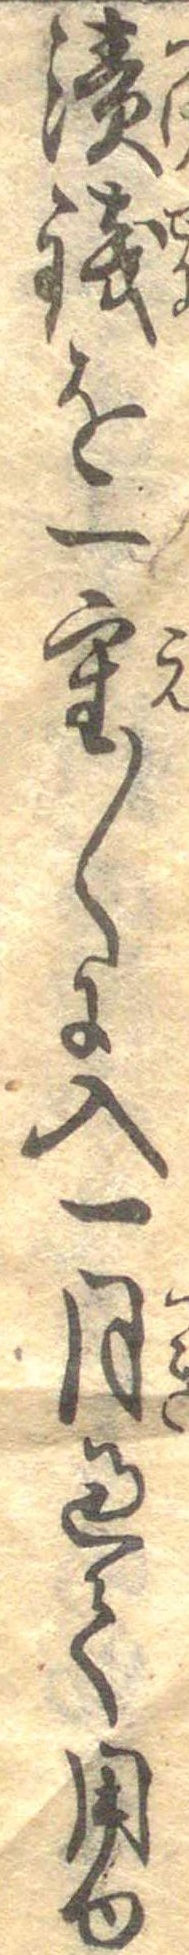
漬銭を一重くに入一月過て用ゆ